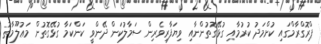
ޕްރޮގްރާމްގައި ކުށްމަދު ކުރުމާއި ގުޅޭގޮތުންނާއި ވިޔަފާރިވެރިން ސަމާލުކަން ދޭންވީ ކަންކަމާ ގުޅޭގޮތުން މަޢުލޫމާތު